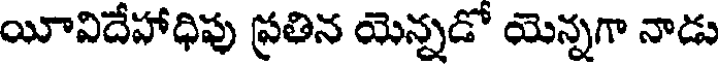
యీవిదేహాధిపు ప్రతిన యెన్నడో యెన్నగా నాడు